Annual administration report of the Bombay Presidency - 1887-1892
Year: 1887
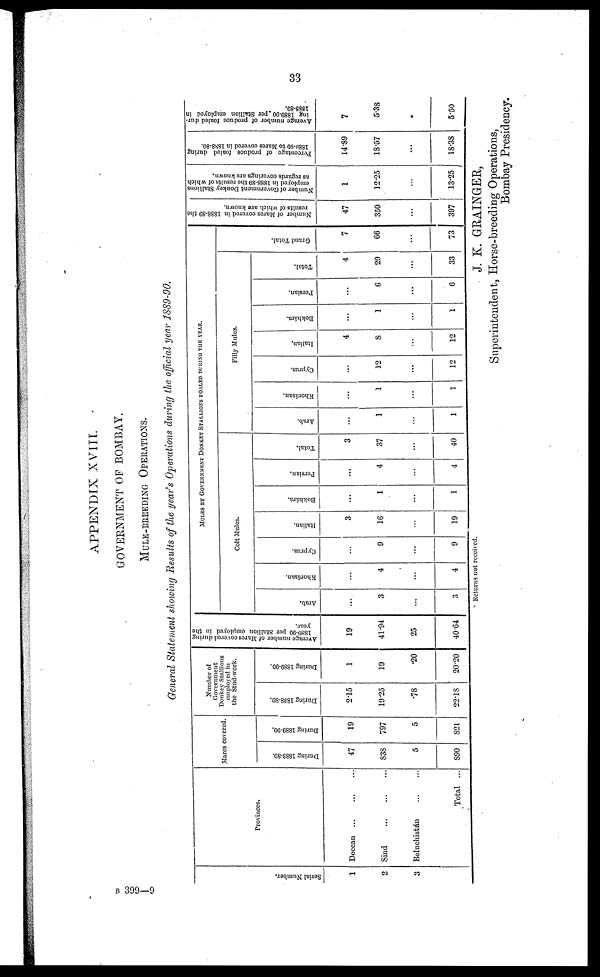
33
APPENDIX XVIII.
GOVERNMENT OF BOMBAY.
MULE-BREEDING OPERATIONS.
General Statement showing Results of the year's Operations during the official year 1889-90.
Serial Numbe r
.
1
2
3
Provinces.
Deccan
...
...
...
Sind
...
...
...
Beluchistán
...
...
Total ...
Mares covered.
During 1888-89.
47
838
5
890
During 1889-90.
19
797
5
821
Number of
Government
Donkey Stallions
employed in
the Stud-work.
During 1888-89.
2.15
19.25
.78
22.18
During 1889-90.
1
19
.20
20.20
Average number of Marcs covered during
1889-90 per Stallion employed in the
year.
19
41.94
25
40.64
MULES BY GOVERNMENT DONKEY STALLIONS FOALED DURING THE YEAR.
Colt Mules.
Arab.
...
3
...
3
Khorásan.
...
4
...
4
Cyprus.
...
9
...
9
Italian.
3
16
...
19
Bokhára.
...
1
...
1
Persian.
...
4
...
4
Total.
3
37
...
40
Filly Mules.
Arab.
...
1
...
1
Khorásan.
...
1
...
1
Cyprus.
...
12
...
12
Italian.
4
8
...
12
Bokhára.
...
1
...
1
Persian.
...
6
...
6
Total.
4
29
...
33
Gr a nd Tot al .
7
66
...
73
Number of Mares
covered in 1888-89 the
results of which are known.
47
350
...
397
Number of Government Donkey Stallions
employed in 1888-89 the results of which
as regards coverings arc known.
1
12.25
...
13.25
Percentage of produce foaled during
1889-90
to Marcs covered in 1888-89.
14.89
18.57
...
18.38
Average number of produce foaled dur-
ing 1889-90
per Stallion employed in
1888-89.
7
5.38
*
5.50
* Returns not received.
J. K. GRAINGER,
Superintendent, Horse-breeding Operations,
Bombay Presidency.
B 399—9